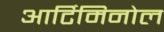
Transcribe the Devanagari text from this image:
आर्टिमिनोल